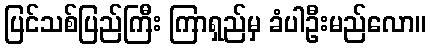
ပြင်သစ်ပြည်ကြီး ကြာရှည်မှ ခံပါဦးမည်လော။